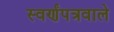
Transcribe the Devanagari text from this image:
स्वर्णंपत्रवाले